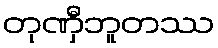
တုဏှီဘူတဿ